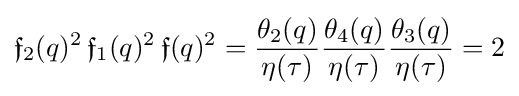
{\mathfrak {f}}_{2}(q)^{2}\,{\mathfrak {f}}_{1}(q)^{2}\,{\mathfrak {f}}(q)^{2}={\frac {\theta _{2}(q)}{\eta (\tau )}}{\frac {\theta _{4}(q)}{\eta (\tau )}}{\frac {\theta _{3}(q)}{\eta (\tau )}}=2